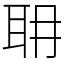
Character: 耼